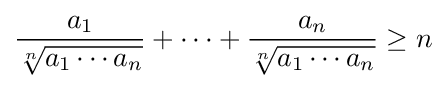
{\frac {a_{1}}{\sqrt[{n}]{a_{1}\cdots a_{n}}}}+\cdots +{\frac {a_{n}}{\sqrt[{n}]{a_{1}\cdots a_{n}}}}\geq n